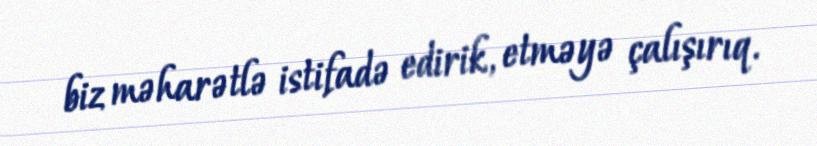
biz məharətlə istifadə edirik, etməyə çalışırıq.